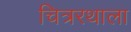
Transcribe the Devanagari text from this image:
चित्ररथाला